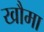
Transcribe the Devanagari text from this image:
खौमा